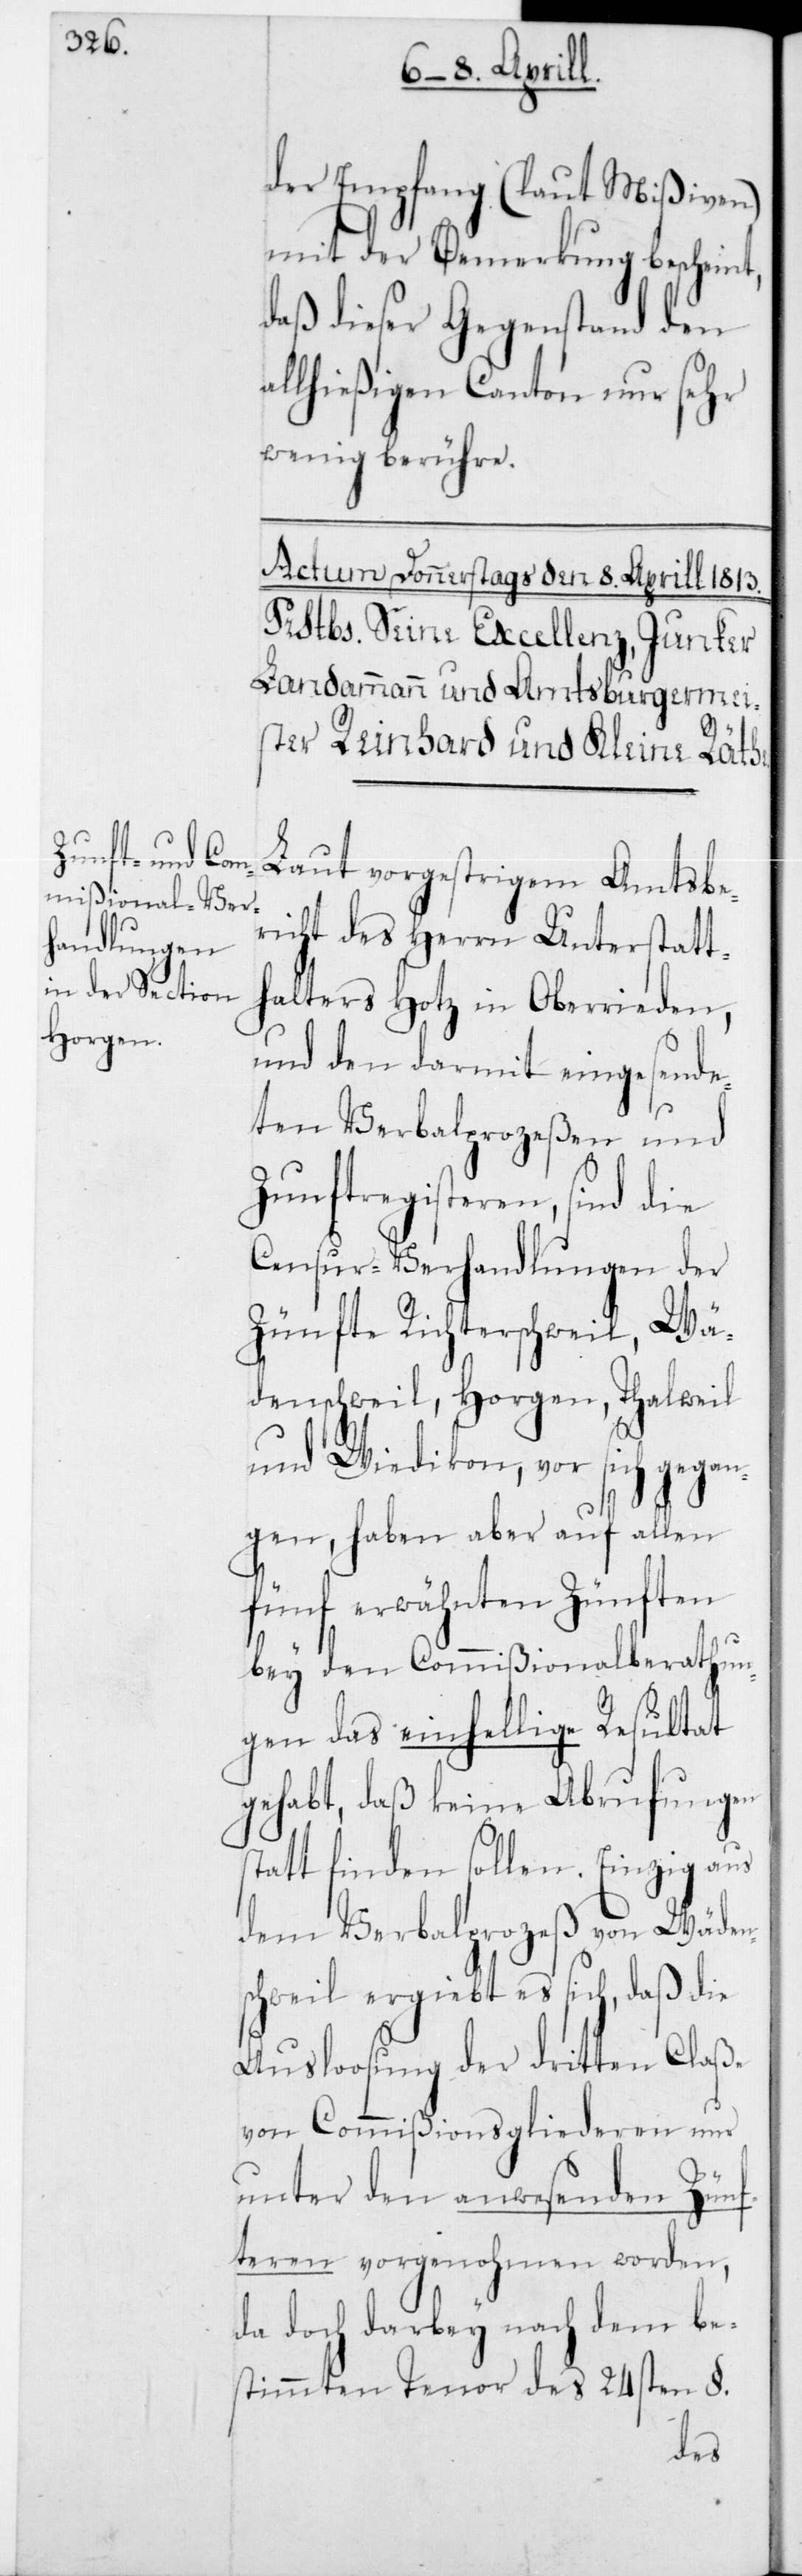
der Empfang (laut Mißiven)
mit der Bemerkung bescheint,
daß dieser Gegenstand den
allhießigen Canton nur sehr
wenig berühre.
Laut vorgestrigem Amtsbe¬
richt des Herrn Unterstatt¬
halters Hotz in Oberrieden,
und den darmit eingesende¬
ten Verbalprozeßen und
Zunftregisteren, sind die
Censur-Verhandlungen der
Zünfte Richterschweil, Wä¬
denschweil, Horgen, Thalweil
und Wiedikon, vor sich gegan¬
gen, haben aber auf allen
fünf erwähnten Zünften
bey den Commißionalberathun¬
gen das einhellige Resultat
gehabt, daß keine Abrufungen
tatt finden sollen. Einzig aus
dem Verbalprozeß von Wäden¬
schweil ergiebt es sich, daß die
Ausloosung der dritten Claße
von Commißionsgliederen nur
unter den anwesenden Zünf¬
teren vorgenohmen worden,
da doch darbey nach dem be¬
stimmten Tenor des 24sten §
s¬